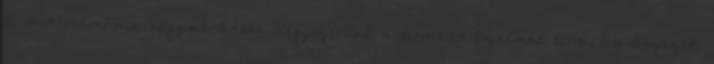
A mikroökonómia nagymértékben leegyszerűsíti a termelés fogalmát: termelési tényezők,